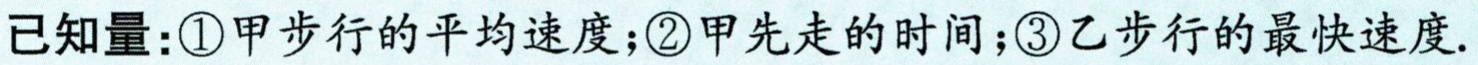
已知量：\textcircled{1}甲步行的平均速度；\textcircled{2}甲先走的时间；\textcircled{3}乙步行的最快速度.